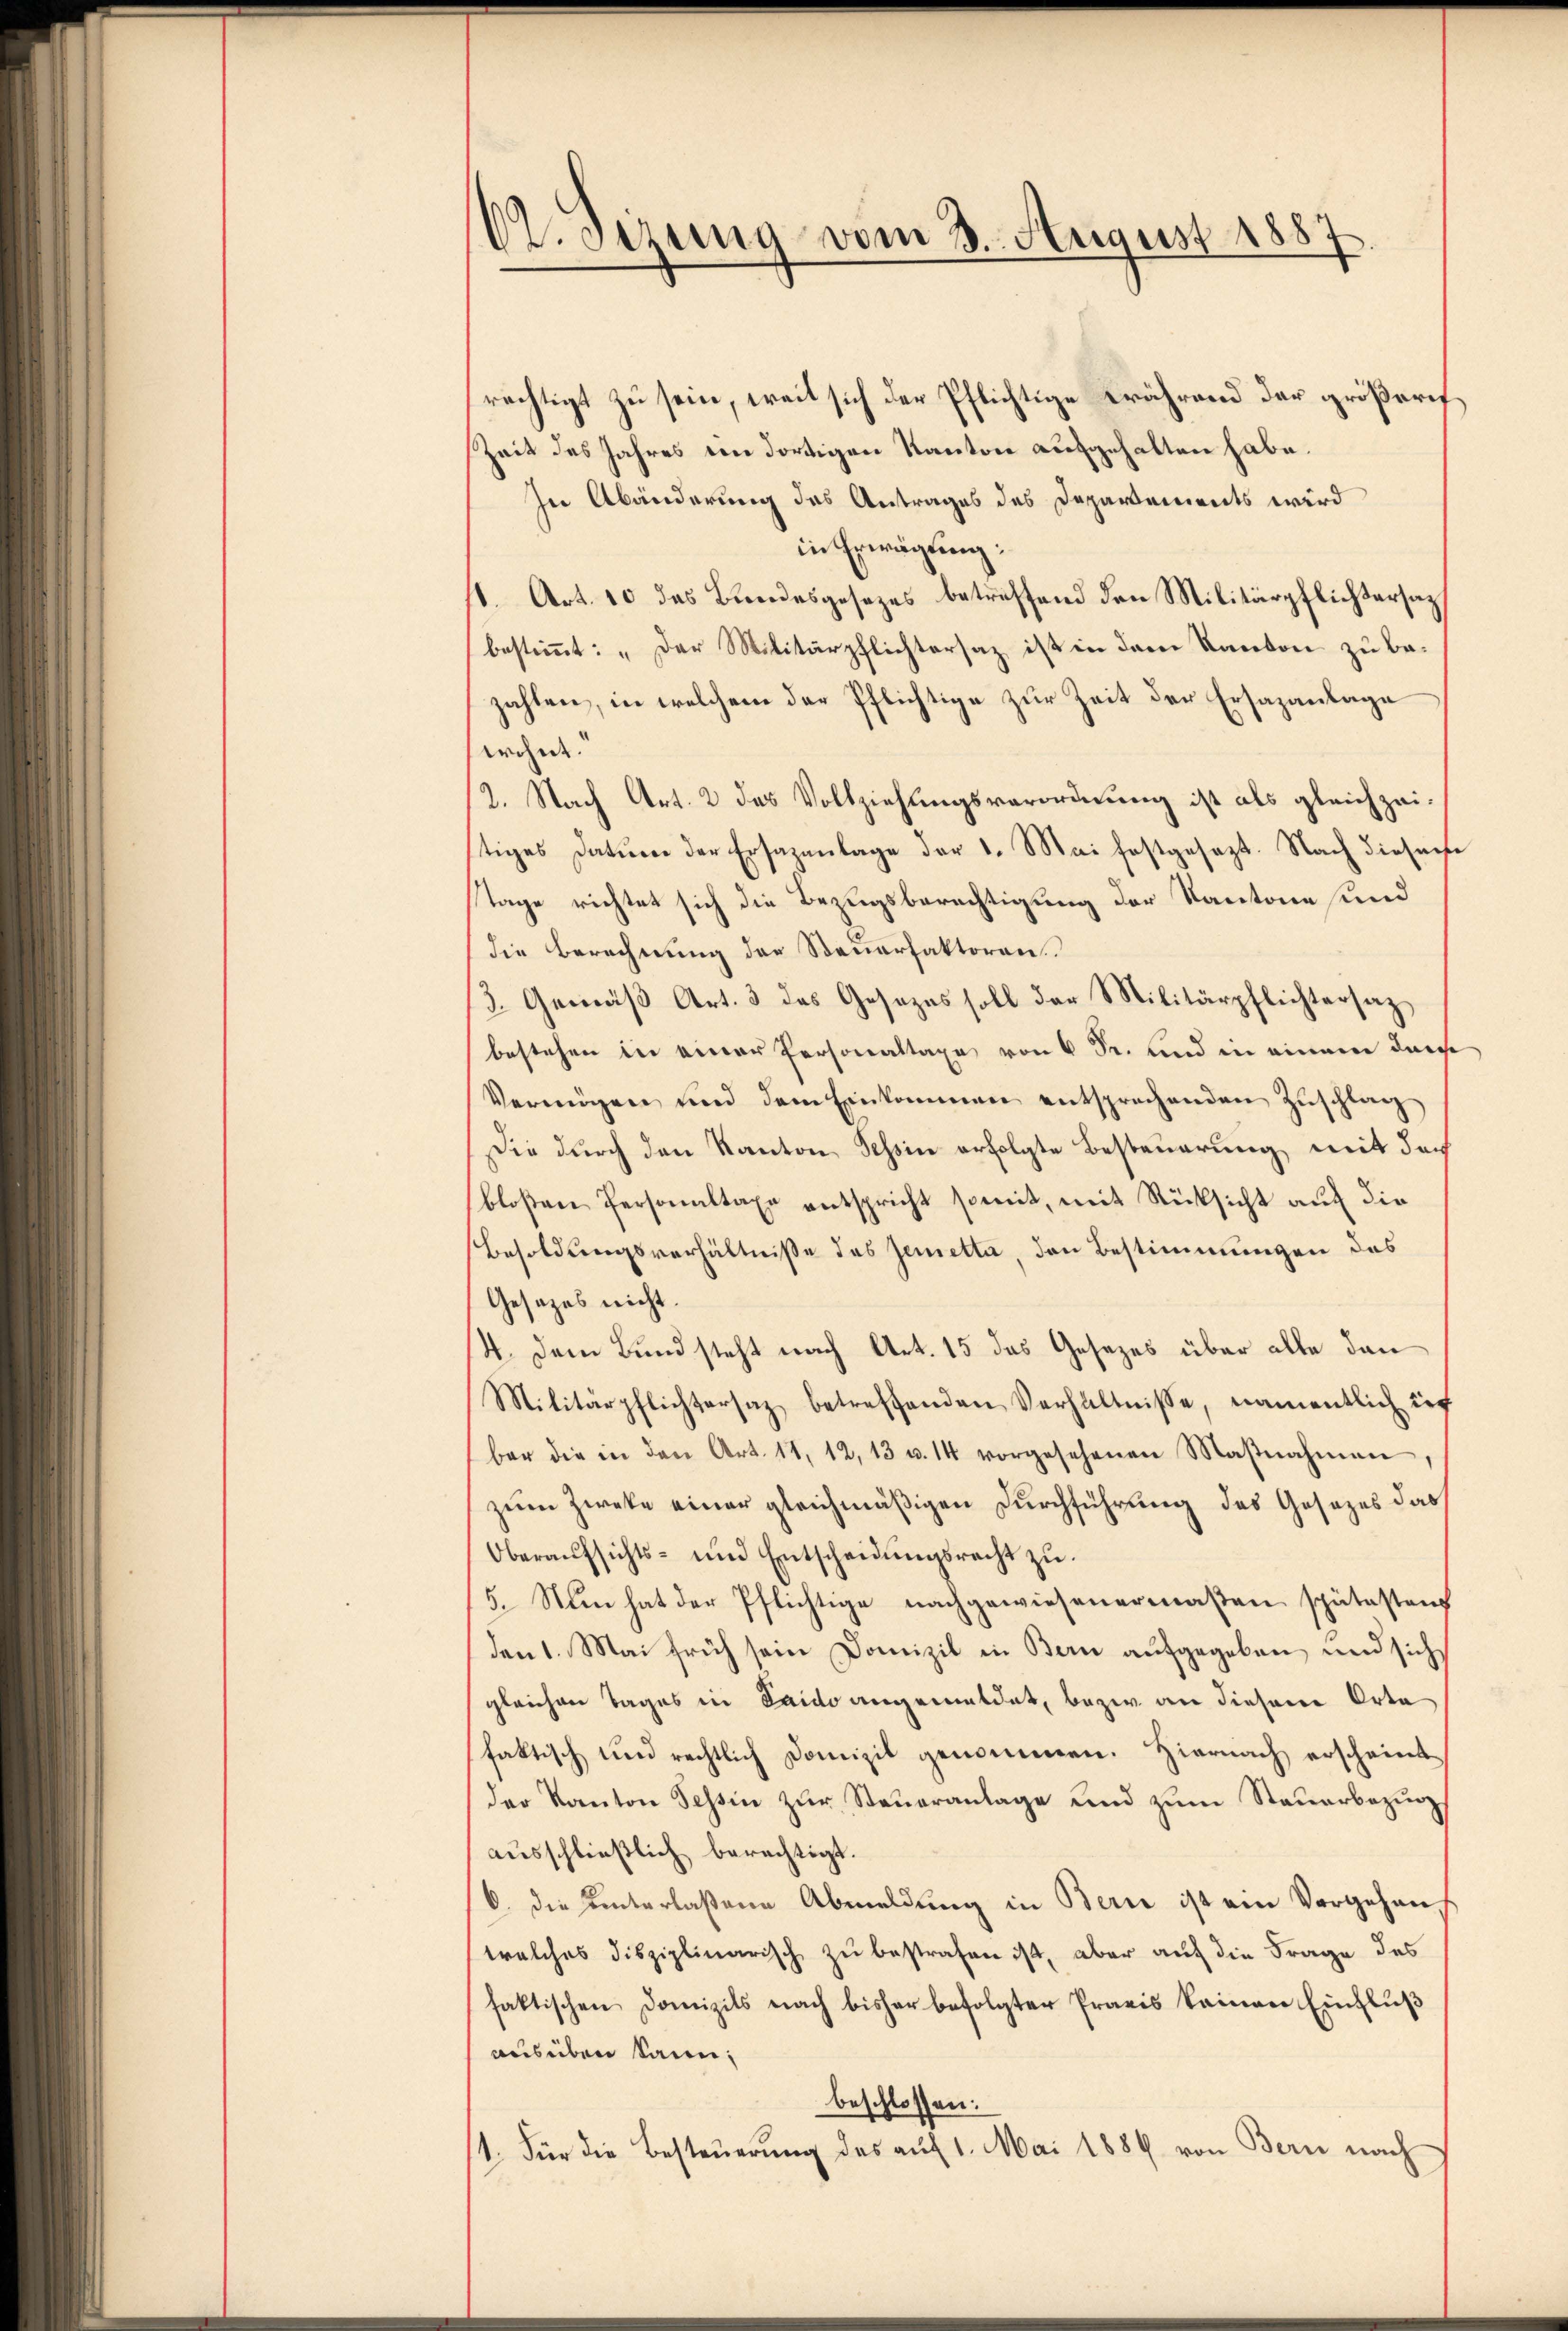
CZ. sezung vom 3. August 1887

rechtigt zu sein, weil sich der Pflichtige während der größeres
Zeit des Jahres ein dortigen Kanton aufgehalten habe.
In Abänderung des Antrages des Departements wird
in Erwägung:
1. Art. 10 das Bundesgesetzes betreffend den Militärpflichtersatz
bestimmt: „Der Militärpflichtersaz ist in dem Kanton zu bezahlen, in welchem der Pflichtige zur Zeit der Ersazanlage
wohne.
2. Nach Art. 2 des Vollziehungsverordnung ist als gleichzeitiges Datum der Ersazenlage der 1. Mai festgesezt. Nach diesense
Tage richtet sich die Bezugsberechtigung der Kantone sind
die Berechnung der Steuerfaktoren.
3. Gemäβ Art. 3 des Gesezes soll der Militärpflichtersatz,
bestehen in einer Personaltaxe von 6 Sr. und in einem durch
Vermögen und dem Einkommen entsprechenden Zŭschlag
Die durch den Kanton Tessin erfolgte Besteuerung mit der
bloßen Personaltaxe entspricht somit, mit Rücksicht auf die
Besoldungsverhältnisse des Zemetta, den Bestimmungen des
Gesetzes nicht.
4. Dem Bund steht nach Art. 15 das Gesezes über alle dan
Militärpflichtersaz betreffenden Verhältnisse, namentlich if
ber die in den Art. 11, 12, 13 u. 14 vorgesehenen Maβnahmen
zum Zweke einer gleichmäßigen Durchführung des Gesezes das
Oberaŭfsichts- und Entscheidŭngsrecht zŭ
5. Nun hat der Pflichtige nachgewiesenermaßen spätestenz
den 1. Mai früh sein Domizil in Bern aufgegeben, und sich
gleichen Tages in Laido angemeldet, bezw. an diesen Orte
faktisch und rechtlich Domizil genommen. Hiernach erscheint
der Kanton Tessin zur Steueranlage und zum Steuerbezug
ausschließlich berechtigt.
6. die hinterlaßene Abmeldung in Bern ist ein Vorgehens
welches disziplinarisch zu bestrafen ist, aber auf die Frage des
faktischen Domizils nach bisher befolgter Praxis keinen Einfluß
ausüben kann;
beschlossen:
1. Für die Besteuerung des auf 1. Mai 1889 von Bern nach